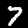
Digit: 7